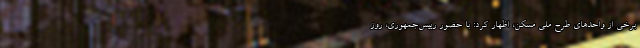
برخی از واحدهای طرح ملی مسکن، اظهار کرد: با حضور رییس‌جمهوری، روز